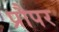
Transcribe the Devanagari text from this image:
प्रौपर